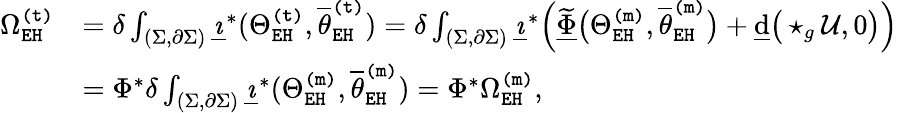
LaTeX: \begin{array}{rl}{\Omega_{\mathtt{EH}}^{\mathtt{(t)}}}&{=\delta\int_{(\Sigma,\partial\Sigma)}\underline{{\imath}}^{*}(\Theta_{\mathtt{EH}}^{\mathtt{(t)}},\overline{{\theta}}_{\mathtt{EH}}^{\mathtt{(t)}})=\delta\int_{(\Sigma,\partial\Sigma)}\underline{{\imath}}^{*}\Big(\underline{{\widetilde{\Phi}}}\big(\Theta_{\mathtt{EH}}^{\mathtt{(m)}},\overline{{\theta}}_{\mathtt{EH}}^{\mathtt{(m)}}\big)+\underline{{\mathrm{d}}}\big(\star_{g}\mathcal{U},0\big)\Big)}\\ &{=\Phi^{*}\delta\int_{(\Sigma,\partial\Sigma)}\underline{{\imath}}^{*}(\Theta_{\mathtt{EH}}^{\mathtt{(m)}},\overline{{\theta}}_{\mathtt{EH}}^{\mathtt{(m)}})=\Phi^{*}\Omega_{\mathtt{EH}}^{\mathtt{(m)}},}\end{array}